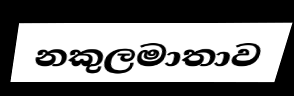
නකුලමාතාව